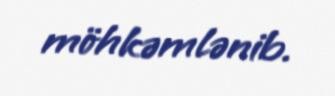
möhkəmlənib.